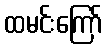
ထမင်းကြော်